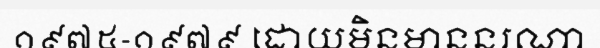
១៩៧៥-១៩៧៩ ដោយមិនមាននរណា